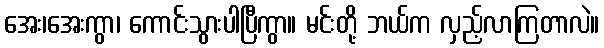
အေး၊အေးကွာ၊ ကောင်းသွားပါပြီကွာ။ မင်းတို့ ဘယ်က လှည့်လာကြတာလဲ။